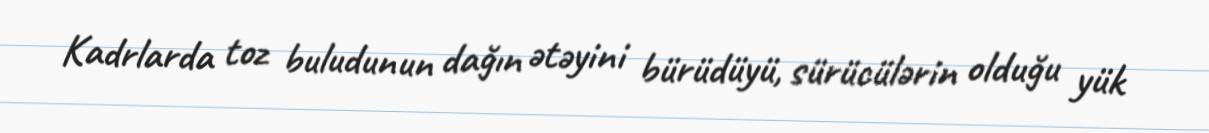
Kadrlarda toz buludunun dağın ətəyini bürüdüyü, sürücülərin olduğu yük